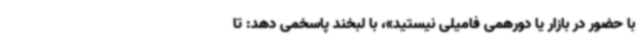
با حضور در بازار یا دورهمی فامیلی نیستید»، با لبخند پاسخمی دهد: تا